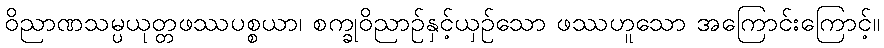
ဝိညာဏသမ္ပယုတ္တဖဿပစ္စယာ၊ စက္ခုဝိညာဉ်နှင့်ယှဉ်သော ဖဿဟူသော အကြောင်းကြောင့်။